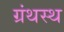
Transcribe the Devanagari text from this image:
ग्रंथस्थ